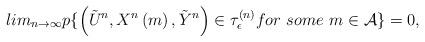
LaTeX: \begin{align*}lim_{n\rightarrow\infty} p\{\left(\tilde{U}^n, X^n\left(m\right), \tilde{Y}^n\right)\in \tau_\epsilon^{(n)} for~ some~ m\in \mathcal{A}\}=0, \end{align*}